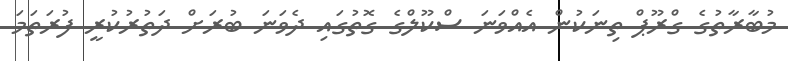
މުބާރާތުގެ ގްރޫޕް ތިނަކުން އެއްވަނަ ސްކޫލްގެ ގޮތުގައި ދެވަނަ ބުރަށް ދަތުރުކުރީ ފުރަތަމަ